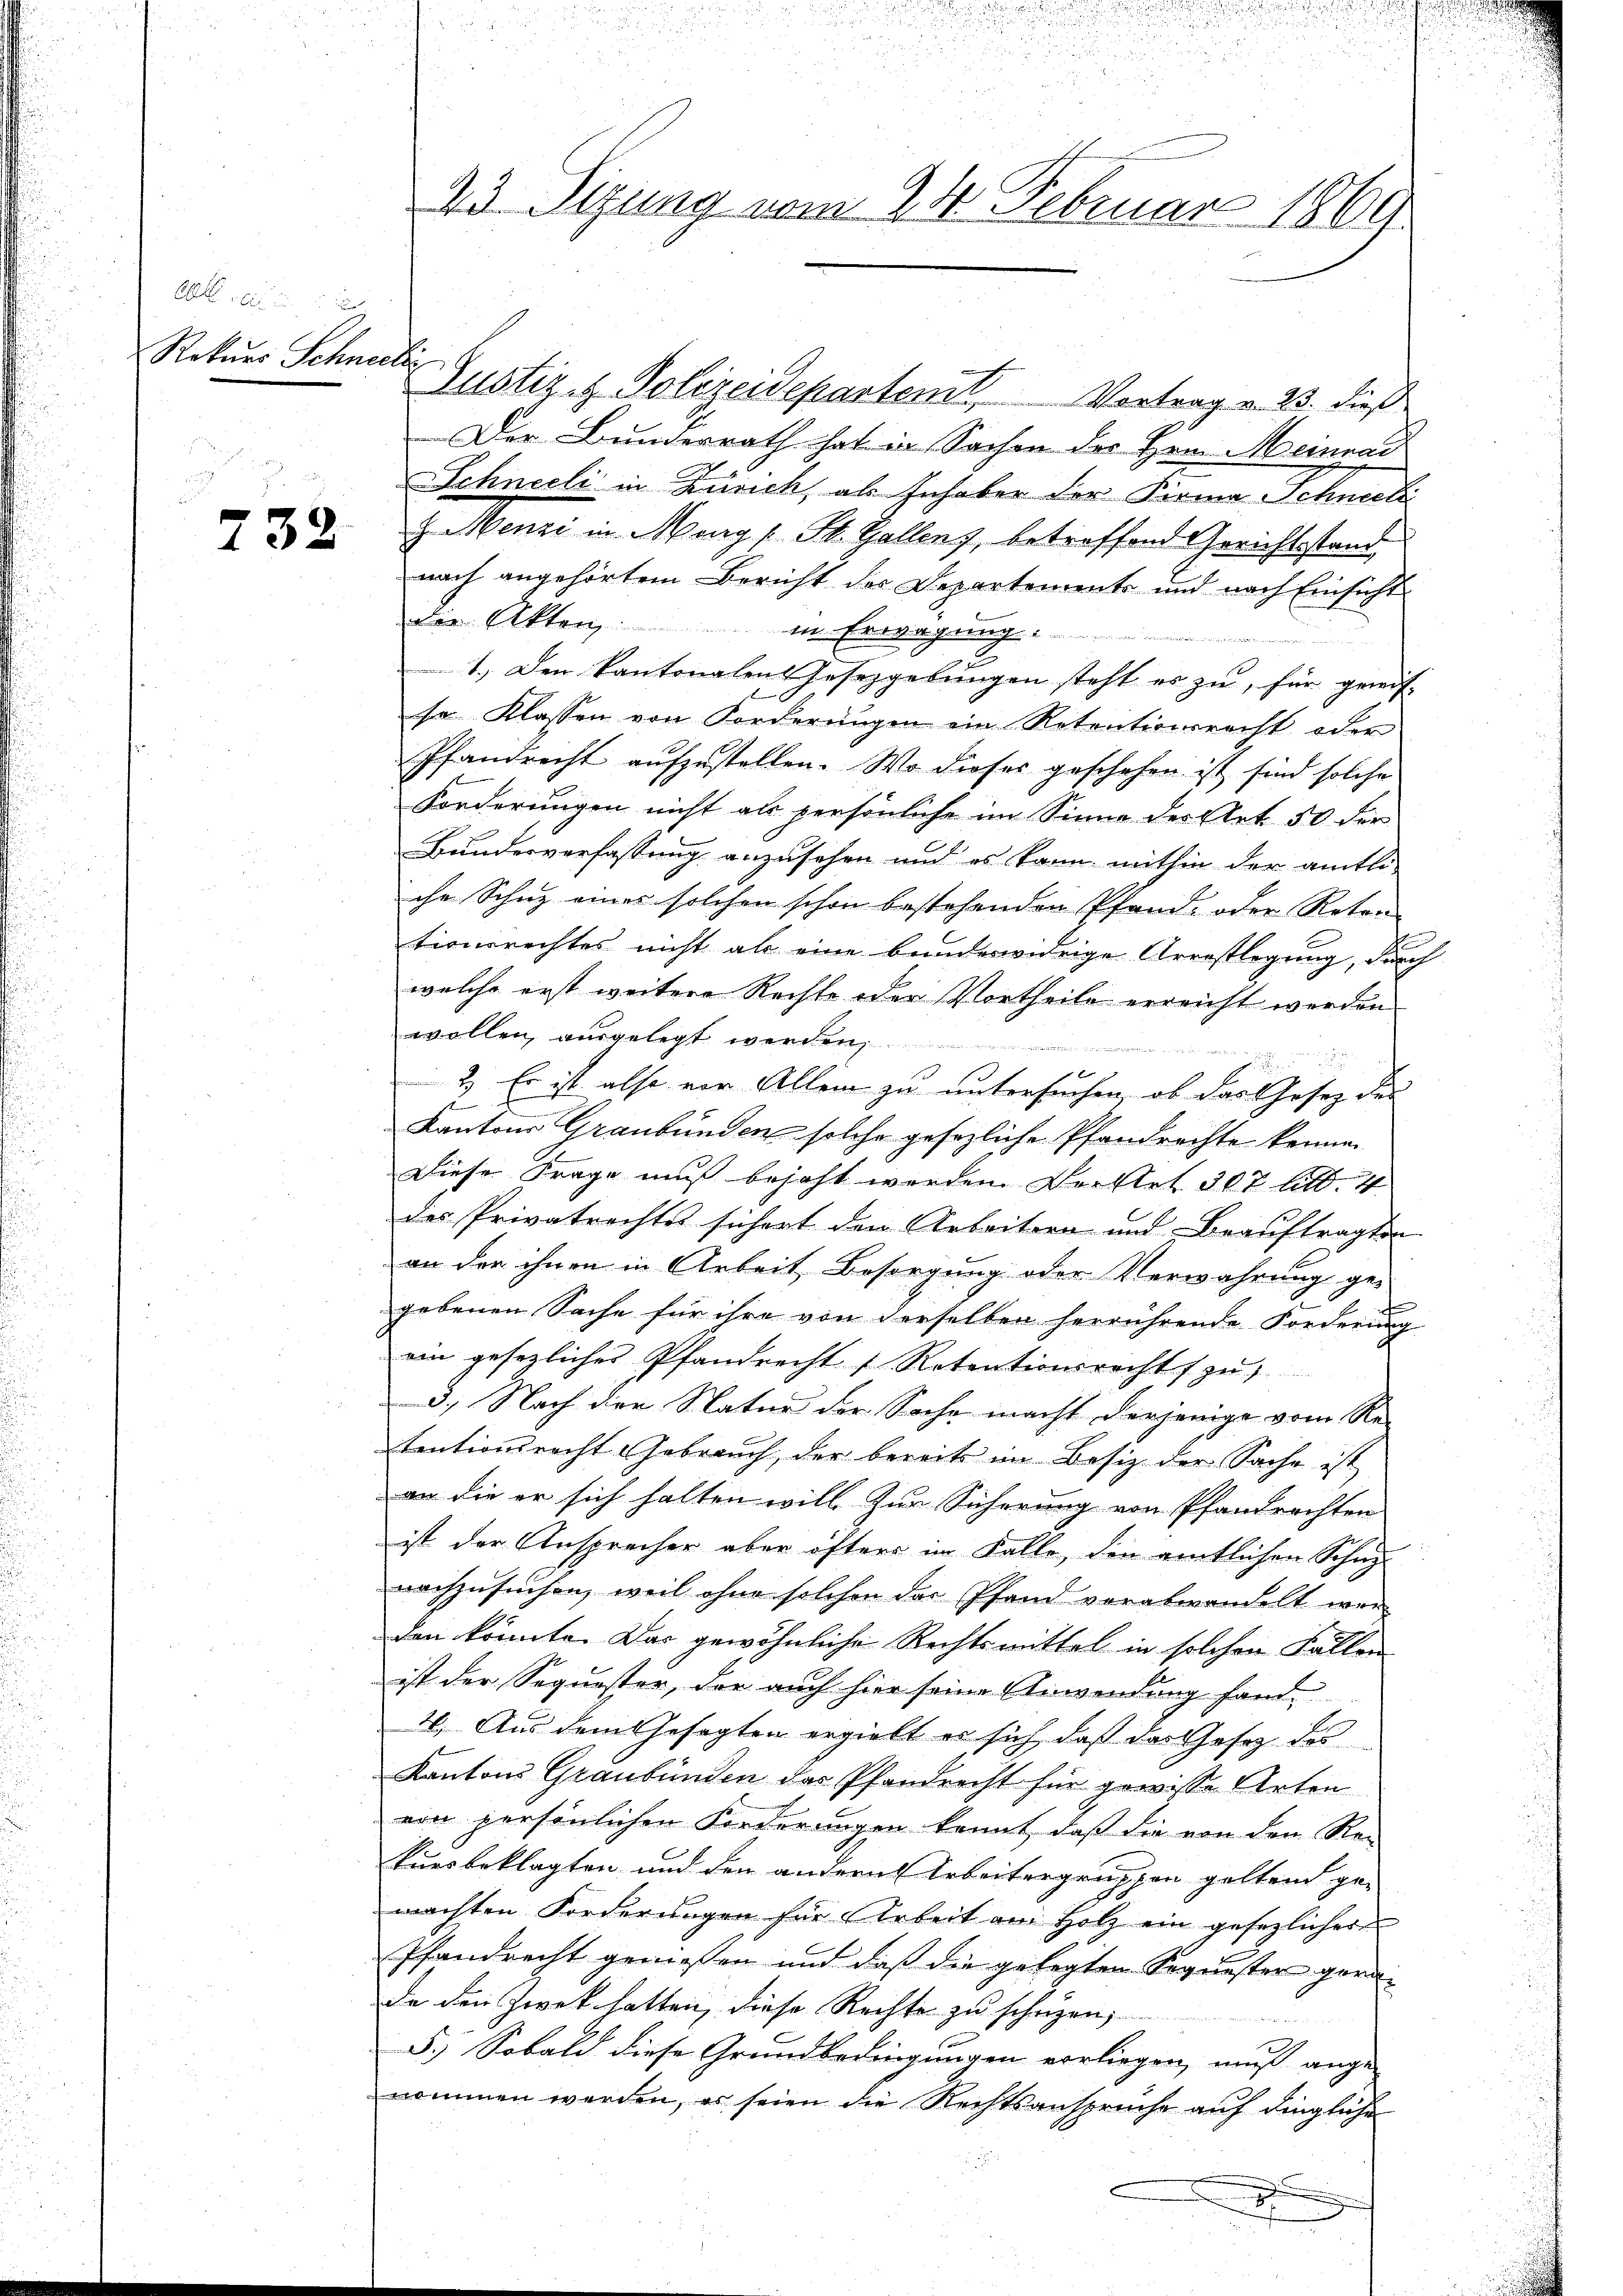
A .
Rekurs Schneeli

732

3. Sizung vom 24. Februar 1869

Justiz- & Polizeidepartemt, Vortrag v. 23. dieß
Der Bunderrath hat in Sachen des Hrn. Meinrad
Schneeli in Zusich, als Inhaber der Firma Schneide
z Menzi in Mag / St. Gallenz, betreffend Gerichtsstand
nach angehörtem Bericht der Departements und nach Einsicht
die Akten,
in Erwägung .....
2

1.) Den Kantonalen Gesezgerŭngen steht es zu, für gewis-
se Klassen von Forderungen ein Retentionsrecht oder
Pfandrecht aufzustellen. Wo dieses geschehen ist sind solche
Forderungen nicht als persönliche im Sinne des Art. 50 der
Bundesverfassung anzusehen und es kann mithin der amtli-
che Schuz eines solchen schon bestehenden Pfand- oder Reten
t
tionsrechtes nicht als eine bunderwidrige Arrestlegung, durch
welche erst weitere Rechte oder Vortheile erreicht werden
wollen, ausgelegt werden,

2.) Er ist also vor Allem zu untersuchen, ob das Gesetz der
u
Kantons Graubünden solche gesezliche Pfandrechte kennen
Diese Frage muß bejaht werden. Der Art. 307 litt. 4
des Privatrechtes sichert den Arbeitern und Beauftragten
an der ihnen in Arbeit Besorgung oder Verwahrung ge-
¬
gebenen Sache für ihre von derselben herrührende Forderung
ein gesezliches Pfandrecht Retrationsrechts zu
d. Nach der Natur der Sache macht derjenige vom Re-
tentionsrecht Gebrauch, der bereits im Besiz der Sache ist
an die er sich halten will. Zur Sicherung von Pfandrechten
ist der Ansprecher aber öfters im Falle, den amtlichen Schupnachzusuchen, weil ohne solchen das Pfand vorabwandelt wer-
den könnte. Das gewöhnliche Rechtsmittel in solchen Fallen
ist der Sequester, der auch hier seine Anwendung fand-
4. Aus dem Gesagten ergiebt es sich, daß das Gesetz des
Kantons Graubünden des Pfandrecht für gewisse Arten
von persönlichen Forderungen kannt, daß die von den Re-
tursbeklagten und den andern Arbeitergruppen geltend ge-
machten Forderŭngen für Arbeit am Holz ein gesezlicher
Pfandrecht gemessen und daß die gelegten Sequester gerade den Zwek hatten, diese Rechte zu schrizen,
5.) Sobald diese Grundbedingungen vorliegen, muß ange-
nommen werden, es seien die Rechtsansprüche aŭf dingliche
x